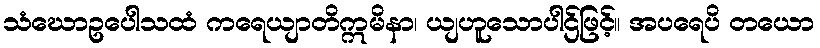
သံဃောဥပေါသထံ ကရေယျာတိဣမိနာ၊ ယျဟူသောပါဌ်ဖြင့်။ အပရေပိ တယော